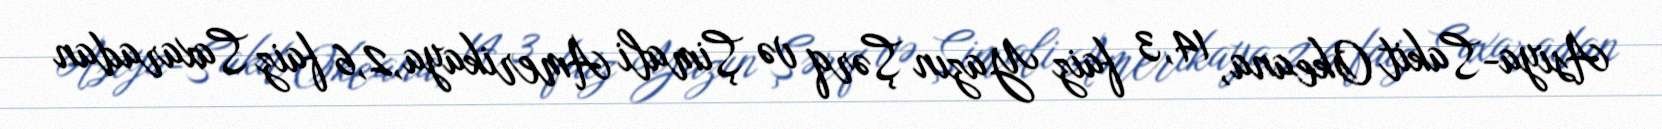
Asiya-Sakit Okeana, 14,3 faiz Yazın Şərq və Şimali Amerikaya,2,6 faiz Saxaradan